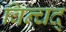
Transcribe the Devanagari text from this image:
विन्चद्